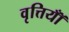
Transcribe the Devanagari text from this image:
वृत्तियॉँ